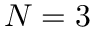
N = 3